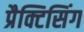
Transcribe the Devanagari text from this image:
प्रैक्टिसिंग